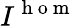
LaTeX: I^{\mathrm{~h~o~m~}}